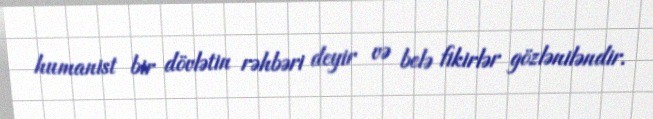
humanist bir dövlətin rəhbəri deyir və belə fikirlər gözləniləndir.